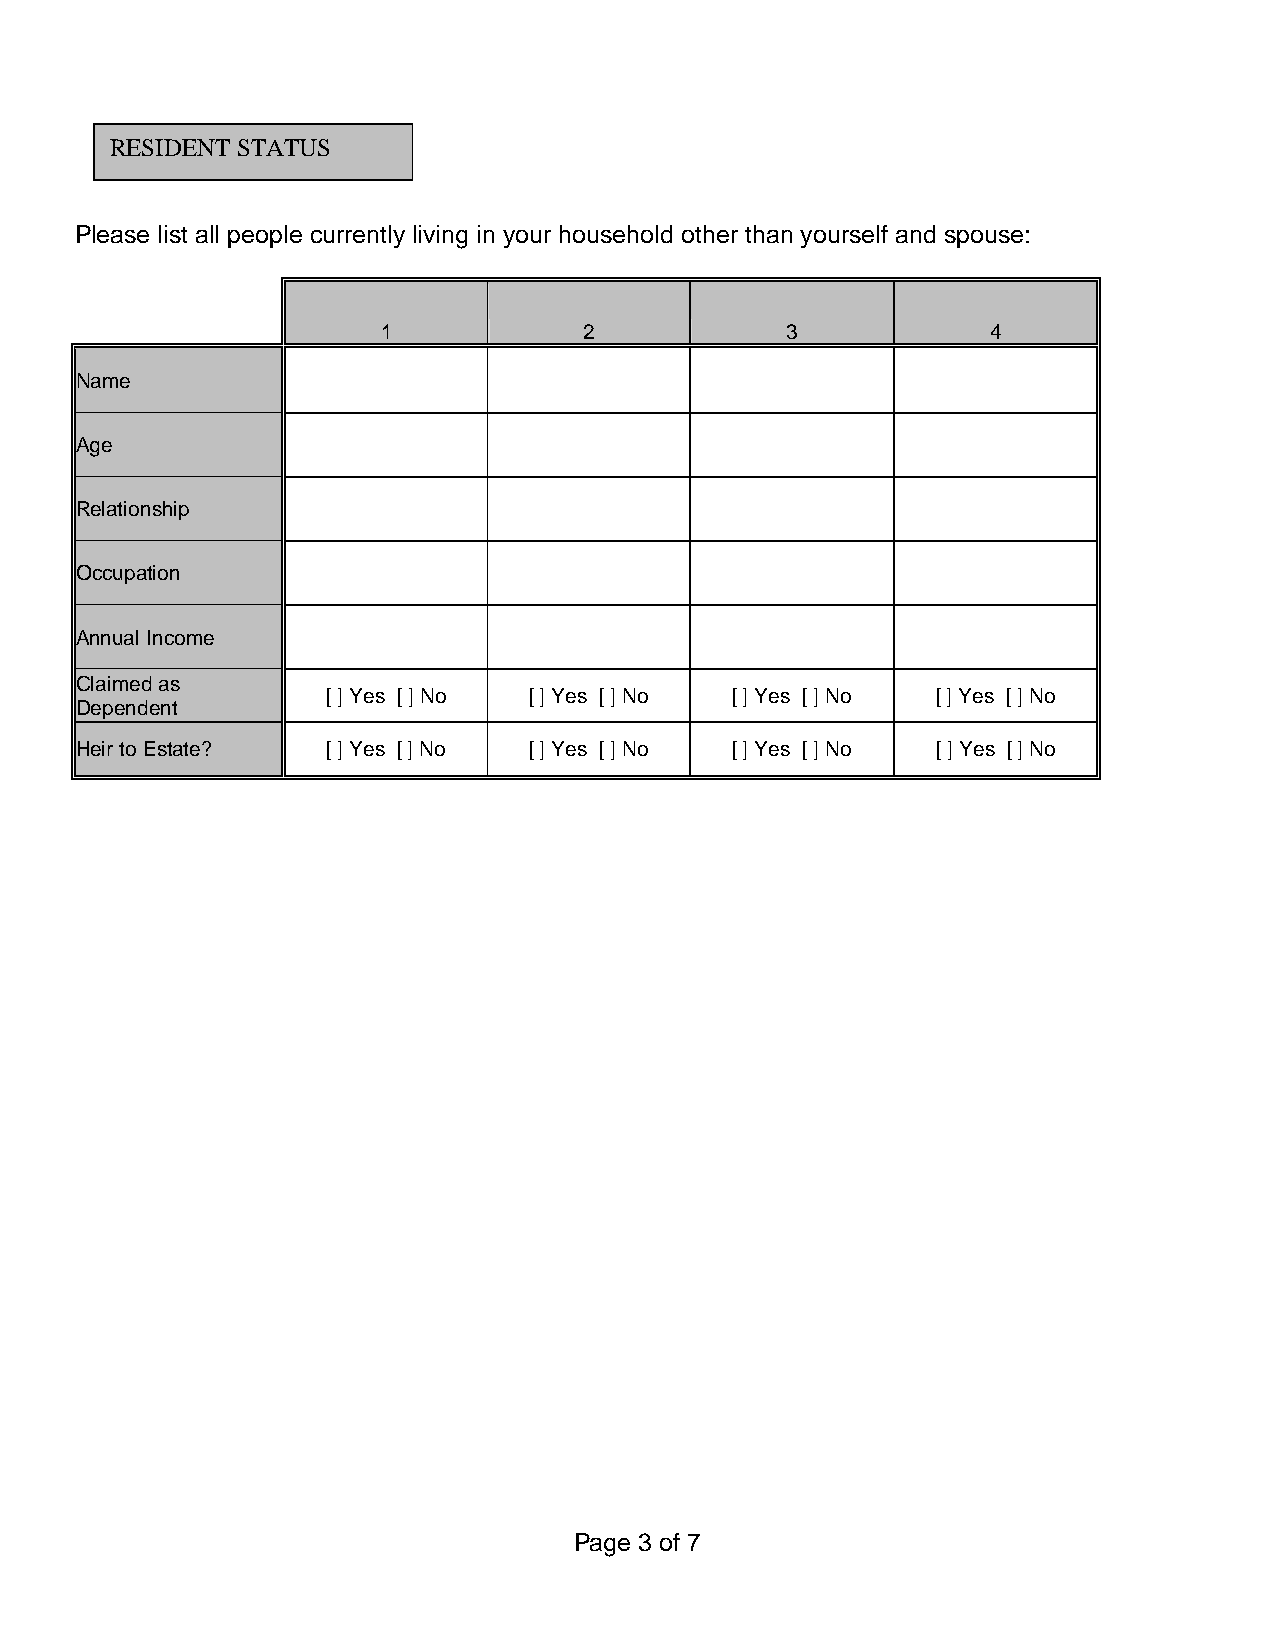
RESIDENT STATUS
 Please list all people currently living in your household other than yourself and spouse:
 1             2            3             4
 Name
 Age
 Relationship
 Occupation
 Annual Income
 Claimed as
 [ ] Yes [ ] No [ ] Yes [ ] No [ ] Yes [ ] No [ ] Yes [ ] No
 Dependent
 Heir to Estate?  [ ] Yes [ ] No [ ] Yes [ ] No [ ] Yes [ ] No [ ] Yes [ ] No
 Page 3 of 7